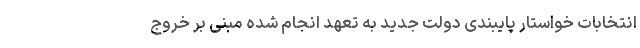
انتخابات خواستار پایبندی دولت جدید به تعهد انجام شده مبنی بر خروج